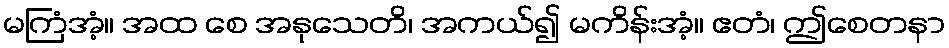
မကြံအံ့။ အထ စေ အနုသေတိ၊ အကယ်၍ မကိန်းအံ့။ ဧတံ၊ ဤစေတနာ